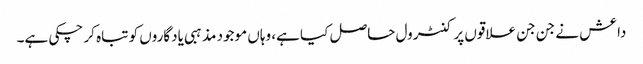
داعش نے جن جن علاقوں پر کنٹرول حاصل کیا ہے، وہاں موجود مذہبی یادگاروں کو تباہ کر چکی ہے۔